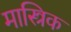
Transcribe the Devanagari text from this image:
मास्त्रिक